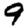
Digit: 9